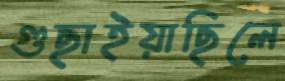
গুছাইয়াছিলে